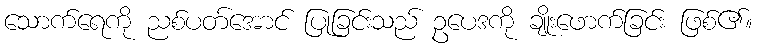
သောက်ရေကို ညစ်ပတ်အောင် ပြုခြင်းသည် ဥပေဒကို ချိုးဖောက်ခြင်း ဖြစ်၏။